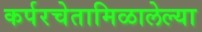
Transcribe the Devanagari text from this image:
कर्परचेतामिळालेल्या